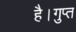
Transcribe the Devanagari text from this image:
है।गुप्त